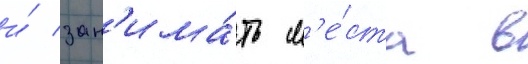
и́ зан'има́ть м'е́ста в